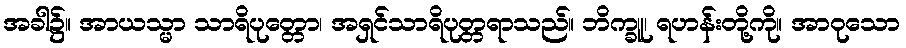
အခါ၌။ အာယသ္မာ သာရိပုတ္တော၊ အရှင်သာရိပုတ္တရာသည်။ ဘိက္ခူ၊ ရဟန်းတို့ကို။ အာဝုသော